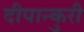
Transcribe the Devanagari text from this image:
दीपान्कुरी